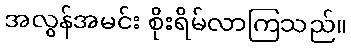
အလွန်အမင်း စိုးရိမ်လာကြသည်။